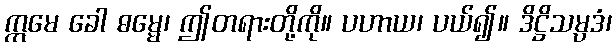
ဣမေ ခေါ ဓမ္မေ၊ ဤတရားတို့ကို။ ပဟာယ၊ ပယ်၍။ ဒိဋ္ဌိသမ္ပဒံ၊